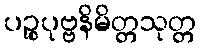
ပဉ္စပုဗ္ဗနိမိတ္တသုတ္တ